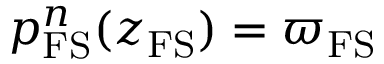
p _ { \mathrm { F S } } ^ { n } ( z _ { \mathrm { F S } } ) = \varpi _ { \mathrm { F S } }